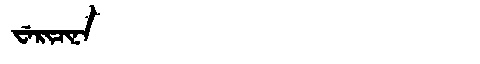
Manchu: ᠸᡝᡵᡳᠴᡳᠨᠠ
Romanization: WERICINA